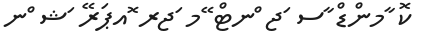
ކޮ ާމންޑް ާސ ަޖ ްނޓް ޭމ ަޖރ ޮއޕަރޭ ަޝ ްނ